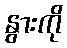
နွားကို